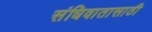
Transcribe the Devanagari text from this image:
संधिवातासाठी